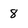
Character: 8